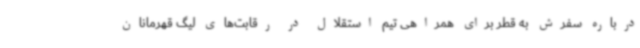
درباره سفرش به قطر برای همراهی تیم استقلال در رقابت‌های لیگ قهرمانان